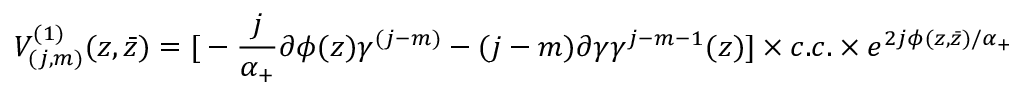
V _ { ( j , m ) } ^ { ( 1 ) } ( z , \bar { z } ) = { \large [ } - \frac { j } { \alpha _ { + } } \partial \phi ( z ) \gamma ^ { ( j - m ) } - ( j - m ) \partial \gamma \gamma ^ { j - m - 1 } ( z ) { \large ] } \times c . c . \times e ^ { 2 j \phi ( z , \bar { z } ) / \alpha _ { + } }